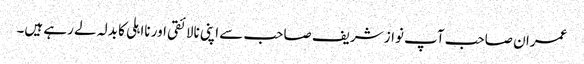
عمران صاحب آپ نواز شریف صاحب سے اپنی نالائقی اور نااہلی کا بدلہ لے رہے ہیں۔